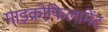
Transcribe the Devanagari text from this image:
माइक्रोफिलामेंट